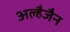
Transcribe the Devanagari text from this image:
अल्हैजैन